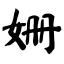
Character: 姗